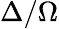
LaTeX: \Delta/\Omega